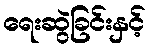
ရေးဆွဲခြင်းနှင့်